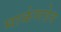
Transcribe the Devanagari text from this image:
मार्कणडेय